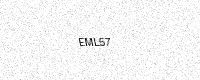
Text: EML57